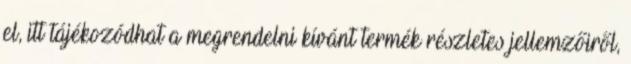
el, itt tájékozódhat a megrendelni kívánt termék részletes jellemzőiről,